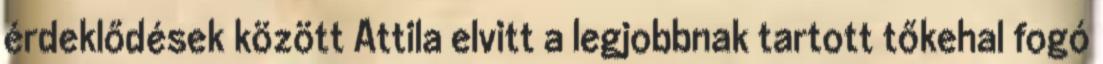
érdeklődések között Attila elvitt a legjobbnak tartott tőkehal fogó